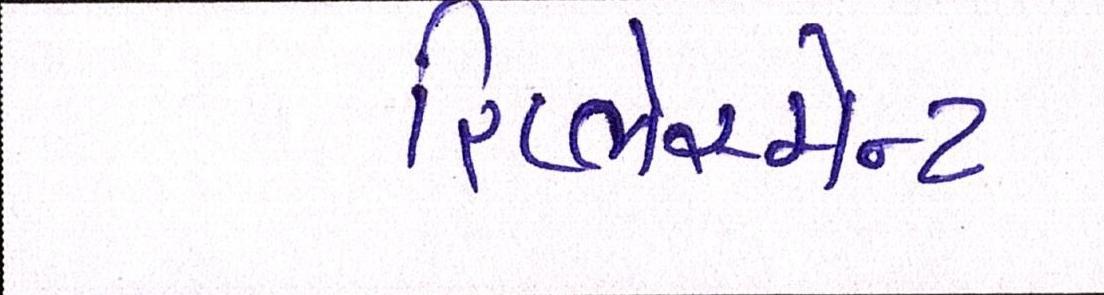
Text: રિપ્લેસમેન્ટ